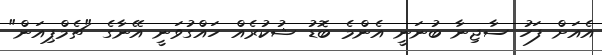
އެއަށް ފަހު ސާޖިނާ ބުނަނީ އެންމެ ބޮޑު ޝުކުރެއް ހައްގުވަނީ އޭނާގެ "ޗެމްޕިއަން"